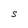
Character: S